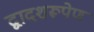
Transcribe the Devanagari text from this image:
द्वादशरूपेण